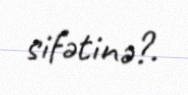
sifətinə?.